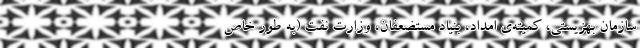
سازمان بهزیستی، کمیته‌ی امداد، بنیاد مستضعفان، وزارت نفت (به طور خاص